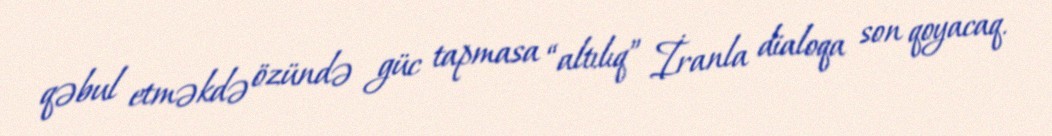
qəbul etməkdə özündə güc tapmasa “altılıq” İranla dialoqa son qoyacaq.